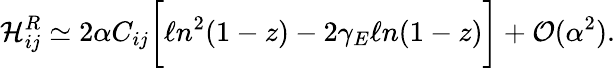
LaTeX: {\cal H}_{ij}^{R}\simeq 2\alpha C_{ij}\biggl[\ell n^{2}(1-z)-2\gamma_{E}\ell n(1-z)\biggr]+{\cal O}(\alpha^{2}).